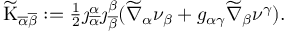
\begin{array} { r } { \widetilde { \mathrm { K } } _ { \overline { { \alpha } } \overline { { \beta } } } : = \frac { 1 } { 2 } \jmath _ { \overline { { \alpha } } } ^ { \alpha } \jmath _ { \overline { { \beta } } } ^ { \beta } ( \widetilde { \nabla } _ { \alpha } \nu _ { \beta } + g _ { \alpha \gamma } \widetilde { \nabla } _ { \beta } \nu ^ { \gamma } ) . } \end{array}